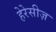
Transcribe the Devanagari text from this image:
हेरेसीज़